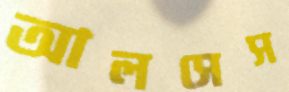
আলসেস